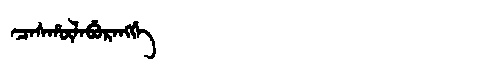
Manchu: ᠴᠠᠰᡥᡡᠯᠠᠪᡠᡵᠠᠩᡤᡝ
Romanization: CASHŪLABURANGGE